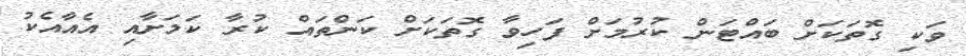
ވަކި ގޮތަކަށް ބައްޓަން ކުރުމަށް ފަހިވާ ގޮތަކަށް ކަންތައް ކުރާ ކަމަށާއި އެއާއެކު